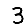
Digit: 3